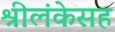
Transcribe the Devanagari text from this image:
श्रीलंकेसह